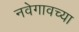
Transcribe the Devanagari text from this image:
नवेगावच्या